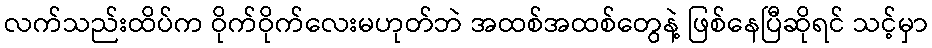
လက်သည်းထိပ်က ဝိုက်ဝိုက်လေးမဟုတ်ဘဲ အထစ်အထစ်တွေနဲ့ ဖြစ်နေပြီဆိုရင် သင့်မှာ